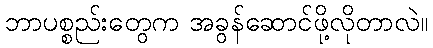
ဘာပစ္စည်းတွေက အခွန်ဆောင်ဖို့လိုတာလဲ။